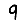
Digit: 9